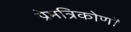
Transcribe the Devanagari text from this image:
प्रेमत्रिकोणों